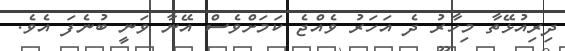
ދިރިއުޅޭތާ މިހާރު ދެ އަހަރު ވެއްޖެ ކަމަށްވެސް އޭނާ ވަނީ ބުނެފަ އެވެ.